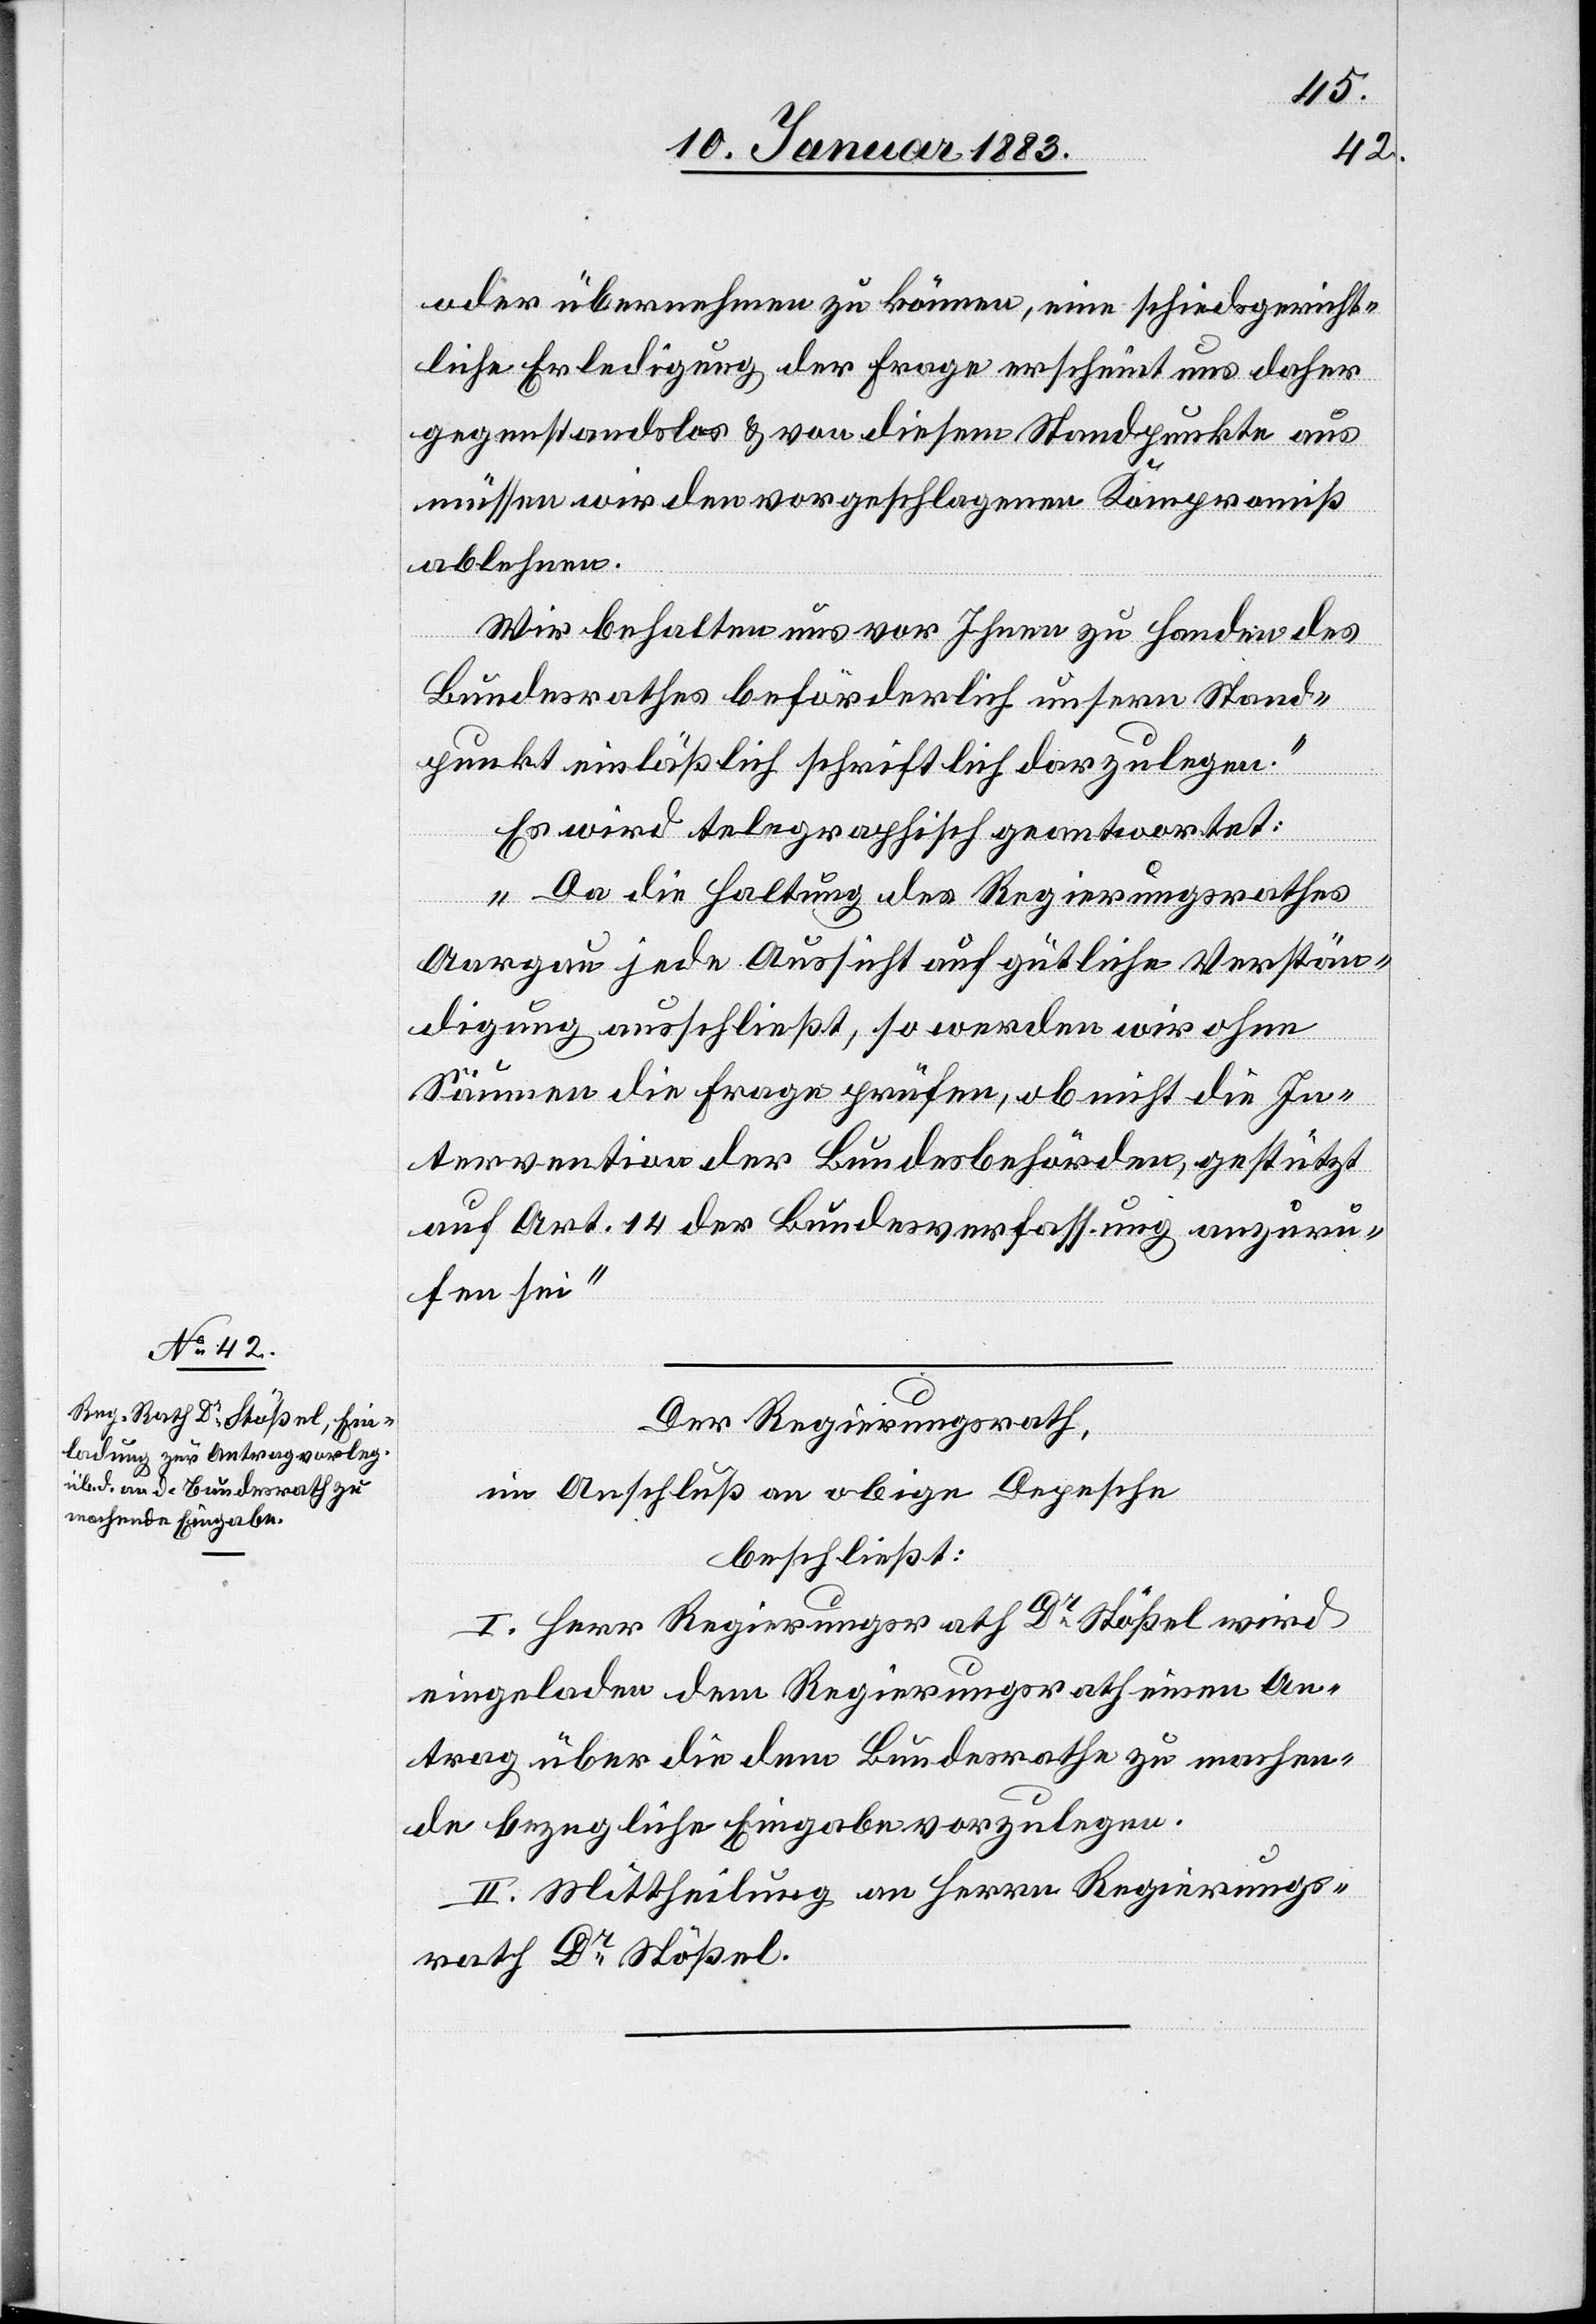
oder übernehmen zu können, eine schiedsgericht¬
liche Erledigung der Frage erscheint uns daher
gegenstandslos & von diesem Standpunkte aus
müssen wir den vorgeschlagenen Kompromiß
ablehnen.
Wir behalten uns vor Ihnen zu Handen des
Bundesrathes beförderlich unsern Stand¬
punkt einläßlich schriftlich darzulegen.“
Es wird telegraphisch geantwortet:
„Da die Haltung des Regierungsrathes
Aargau jede Aussicht auf gütliche Verstän¬
digung ausschließt, so werden wir ohne
Säumen die Frage prüfen, ob nicht die In¬
tervention der Bundesbehörden, gestützt
auf Art. 14 der Bundesverfassung anzuru¬
fen sei.“
Der Regierungsrath,
im Anschluß an obige Depesche
beschließt:
I. Herr Regierungsrath Dr Stößel wird
eingeladen dem Regierungsrath einen An¬
trag über die dem Bundesrathe zu machen¬
de bezugliche [sic!] Eingabe vorzulegen.
II. Mittheilung an Herrn Regierungs¬
rath Dr Stößel.